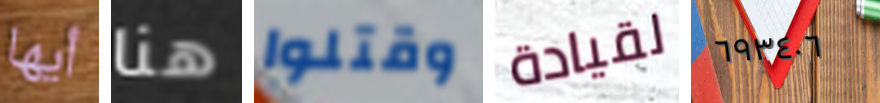
أيها هنا وقتلوا لقيادة ٦٩٣٤٠٦